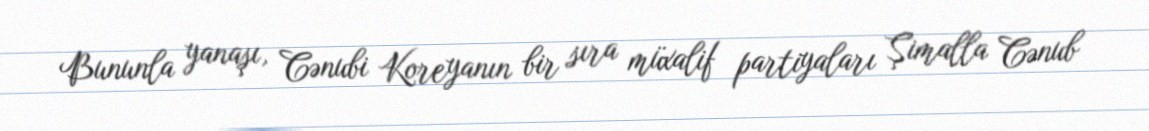
Bununla yanaşı, Cənubi Koreyanın bir sıra müxalif partiyaları Şimalla Cənub